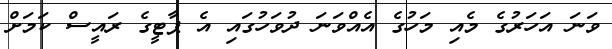
ވަނަ އަހަރުގެ މެއި މަހުގެ އެއްވަނަ ދުވަހުގައި އެ ޕާޓީގެ ރައީސް ކަމަށް